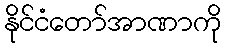
နိုင်ငံတော်အာဏာကို